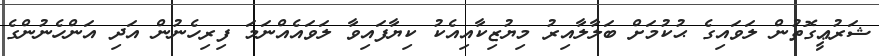
ޝަރުޢީގޮތުން ލަވައިގެ ޙުކުމަށް ބަލާލާއިރު މިޔުޒިކާއިއެކު ކިޔާފައިވާ ލަވައެއްނަމަ ފިރިހެނުން އަދި އަންހެނުންގެ